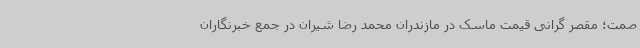
صمت؛ مقصر گرانی قیمت ماسک در مازندران محمد رضا شیران در جمع خبرنگاران